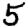
Digit: 5